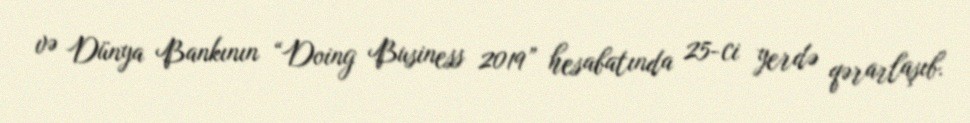
və Dünya Bankının “Doing Business 2019” hesabatında 25-ci yerdə qərarlaşıb.